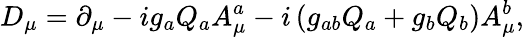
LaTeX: D_{\mu}=\partial_{\mu}-ig_{a}Q_{a}A_{\mu}^{a}-i\left(g_{ab}Q_{a}+g_{b}Q_{b}\right)A_{\mu}^{b},